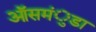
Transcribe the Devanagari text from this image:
ऑसमंुडा